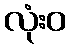
လုံးဝ